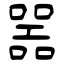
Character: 噐